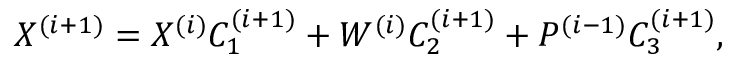
X ^ { ( i + 1 ) } = X ^ { ( i ) } C _ { 1 } ^ { ( i + 1 ) } + W ^ { ( i ) } C _ { 2 } ^ { ( i + 1 ) } + P ^ { ( i - 1 ) } C _ { 3 } ^ { ( i + 1 ) } ,